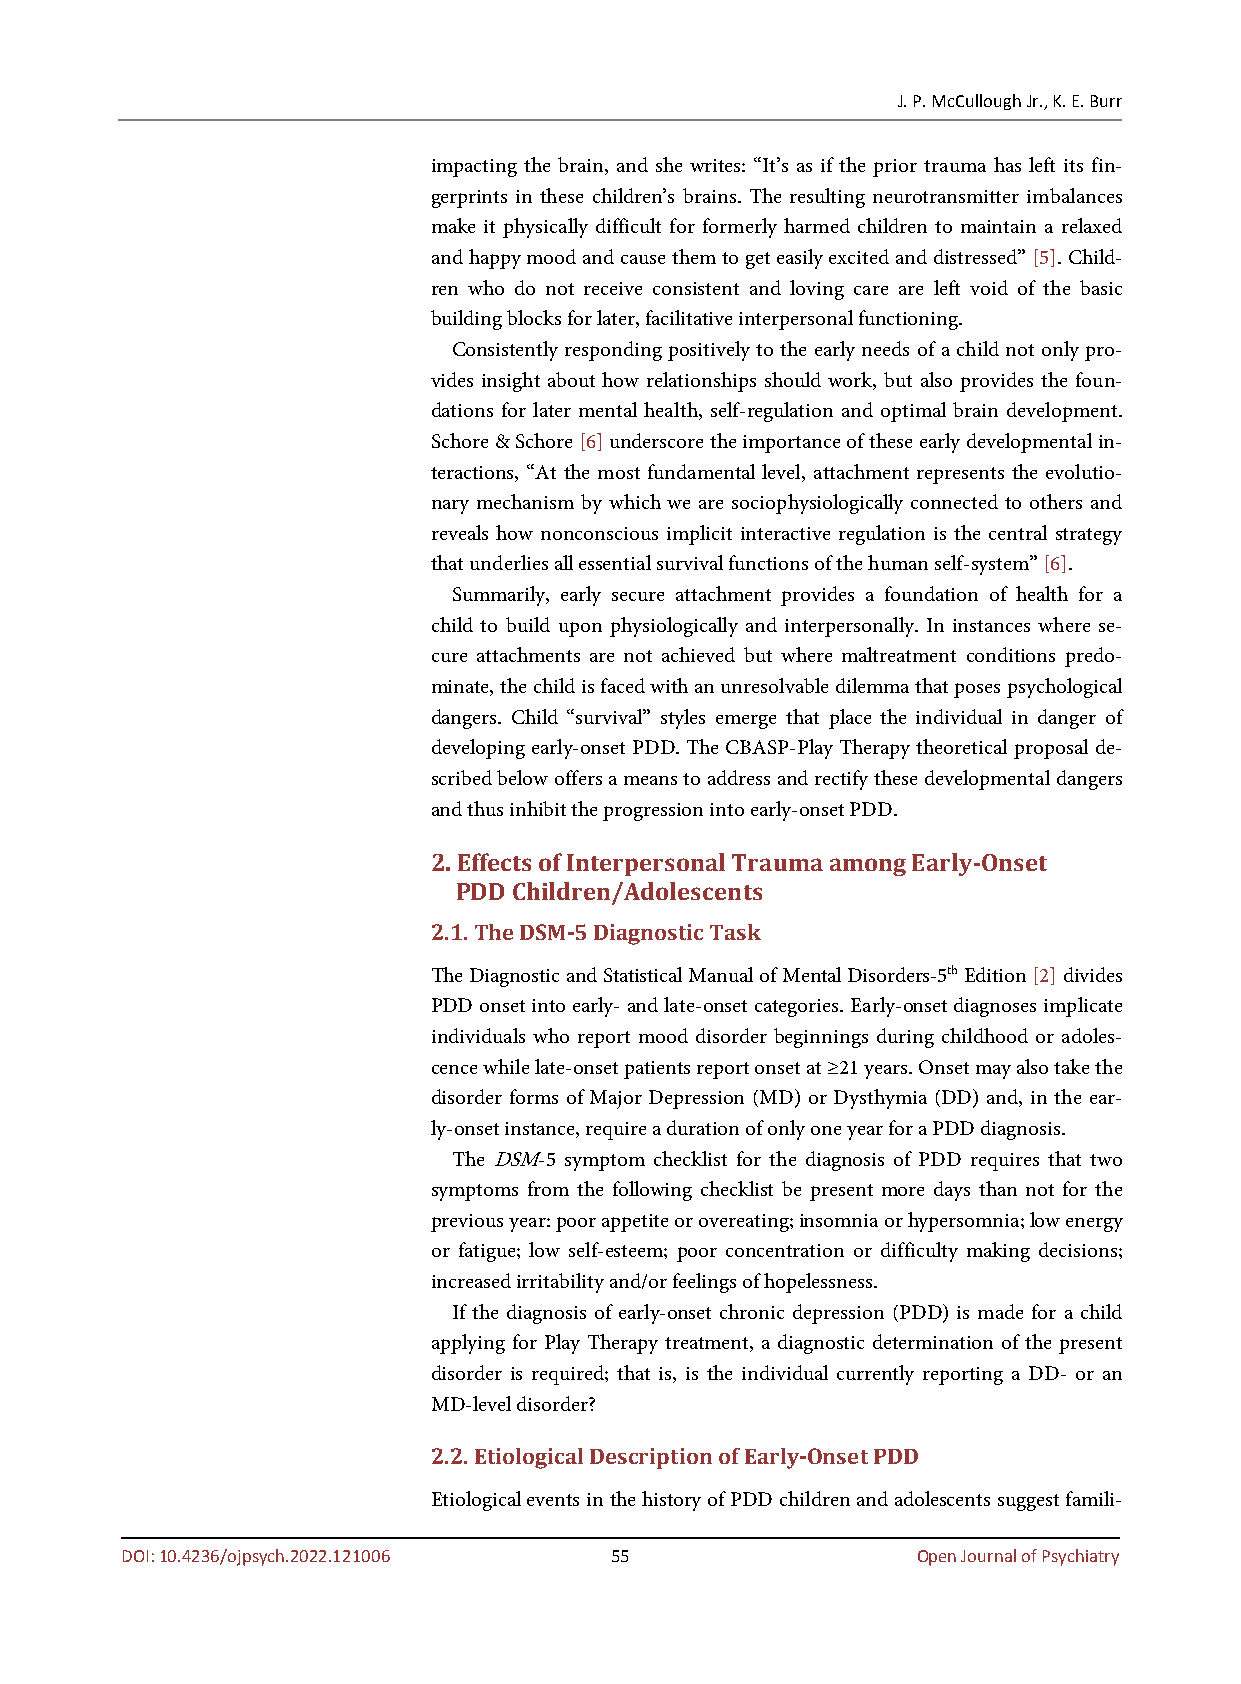
J. P. McCullough Jr., K. E. Burr
 impacting the brain, and she writes: “It’s as if the prior trauma has left its fin-
 gerprints in these children’s brains. The resulting neurotransmitter imbalances
 make it physically difficult for formerly harmed children to maintain a relaxed
 and happy mood and cause them to get easily excited and distressed” [5]. Child-
 ren who do not receive consistent and loving care are left void of the basic
 building blocks for later, facilitative interpersonal functioning.
 Consistently responding positively to the early needs of a child not only pro-
 vides insight about how relationships should work, but also provides the foun-
 dations for later mental health, self-regulation and optimal brain development.
 Schore & Schore [6] underscore the importance of these early developmental in-
 teractions, “At the most fundamental level, attachment represents the evolutio-
 nary mechanism by which we are sociophysiologically connected to others and
 reveals how nonconscious implicit interactive regulation is the central strategy
 that underlies all essential survival functions of the human self-system” [6].
 Summarily, early secure attachment provides a foundation of health for a
 child to build upon physiologically and interpersonally. In instances where se-
 cure attachments are not achieved but where maltreatment conditions predo-
 minate, the child is faced with an unresolvable dilemma that poses psychological
 dangers. Child “survival” styles emerge that place the individual in danger of
 developing early-onset PDD. The CBASP-Play Therapy theoretical proposal de-
 scribed below offers a means to address and rectify these developmental dangers
 and thus inhibit the progression into early-onset PDD.
 2. Effects of Interpersonal Trauma among Early-Onset
 PDD Children/Adolescents
 2.1. The DSM-5 Diagnostic Task
 The Diagnostic and Statistical Manual of Mental Disorders-5th Edition [2] divides
 PDD onset into early- and late-onset categories. Early-onset diagnoses implicate
 individuals who report mood disorder beginnings during childhood or adoles-
 cence while late-onset patients report onset at ≥21 years. Onset may also take the
 disorder forms of Major Depression (MD) or Dysthymia (DD) and, in the ear-
 ly-onset instance, require a duration of only one year for a PDD diagnosis.
 The DSM-5 symptom checklist for the diagnosis of PDD requires that two
 symptoms from the following checklist be present more days than not for the
 previous year: poor appetite or overeating; insomnia or hypersomnia; low energy
 or fatigue; low self-esteem; poor concentration or difficulty making decisions;
 increased irritability and/or feelings of hopelessness.
 If the diagnosis of early-onset chronic depression (PDD) is made for a child
 applying for Play Therapy treatment, a diagnostic determination of the present
 disorder is required; that is, is the individual currently reporting a DD- or an
 MD-level disorder?
 2.2. Etiological Description of Early-Onset PDD
 Etiological events in the history of PDD children and adolescents suggest famili-
 DOI: 10.4236/ojpsych.2022.121006 55                  Open Journal of Psychiatry